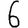
Digit: 6